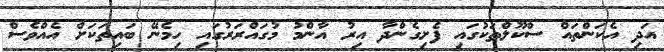
އަދި އެކަންތައް ސްކޫލްތަކުގައި ފެށިގެންދާ އިރު އާންމު މުގައްރަރުގައި ހިމެނޭ ބައިތަކަށް އެއްވެސް